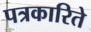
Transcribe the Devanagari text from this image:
पत्रकारिते